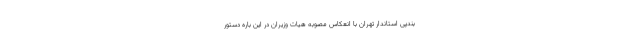
بندپی استاندار تهران با انعکاس مصوبه هیات وزیران در این باره دستور